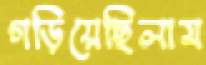
গড়িয়েছিলাম